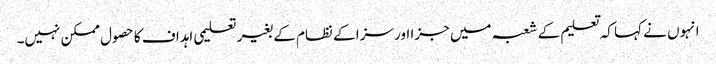
انہوں نے کہا کہ تعلیم کے شعبہ میں جزا اور سزا کے نظام کے بغیر تعلیمی اہداف کا حصول ممکن نہیں۔